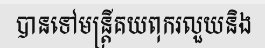
បានទៅមន្ត្រីគយពុករលួយនិង